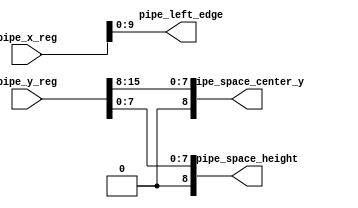
module pipe_reg_parser(pipe_x_reg, pipe_y_reg, pipe_left_edge, pipe_space_center_y, pipe_space_height);
    input [31:0] pipe_x_reg, pipe_y_reg;
    output [9:0] pipe_left_edge;
    output [8:0] pipe_space_center_y, pipe_space_height;

    assign pipe_left_edge = pipe_x_reg;
    assign pipe_space_center_y = pipe_y_reg[15:8];
    assign pipe_space_height = pipe_y_reg[7:0];

endmodule